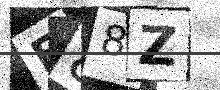
Text: F88Z